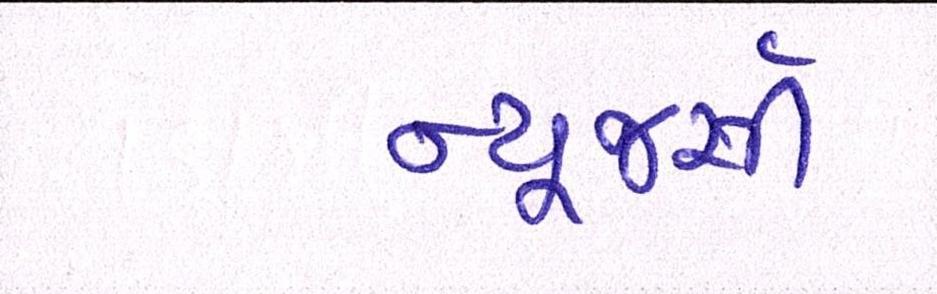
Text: ન્યૂજર્સી